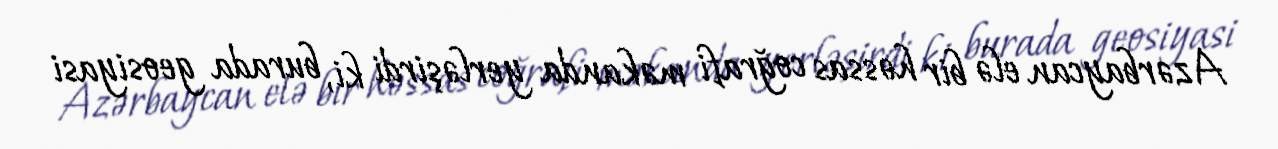
Azərbaycan elə bir həssas coğrafi məkanda yerləşirdi ki, burada geosiyasi